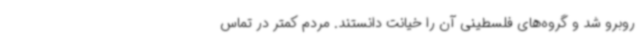
روبرو شد و گروه‌های فلسطینی آن را خیانت دانستند. مردم کمتر در تماس